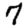
Digit: 7